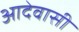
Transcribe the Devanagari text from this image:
आदेवासी